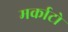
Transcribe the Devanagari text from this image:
मर्काटो